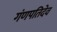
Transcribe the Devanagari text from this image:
गंणपतिदेव